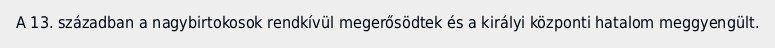
A 13. században a nagybirtokosok rendkívül megerősödtek és a királyi központi hatalom meggyengült.